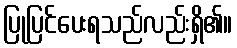
ပြုပြင်ပေးရသည်လည်းရှိ၏။